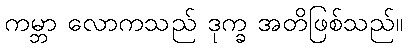
ကမ္ဘာ လောကသည် ဒုက္ခ အတိဖြစ်သည်။